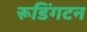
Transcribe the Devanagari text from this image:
रूडिंगटन